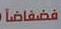
لانيا